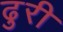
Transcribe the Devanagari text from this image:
ढुरी